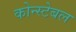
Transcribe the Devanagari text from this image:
कोन्स्टेबल